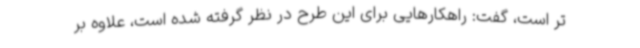
تر است، گفت: راهکارهایی برای این طرح در نظر گرفته شده است، علاوه بر